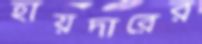
হায়দারের